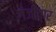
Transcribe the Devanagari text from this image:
गंजीवार